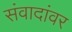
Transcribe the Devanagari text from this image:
संवादांवर